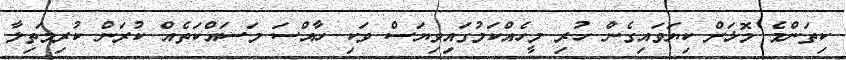
ކިތަންމެ މޮޅަށް ކިޔަވައިގެން ހުރި މީހެއްކަމުގައިވިޔަސް ވަކި ހާއްސަ މަސައްކަތެއް ކުރަން ކުރިމަތިލާ